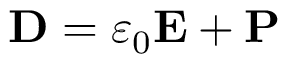
\mathbf { D } = \varepsilon _ { 0 } \mathbf { E } + \mathbf { P }